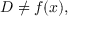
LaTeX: D \neq f ( x ) ,